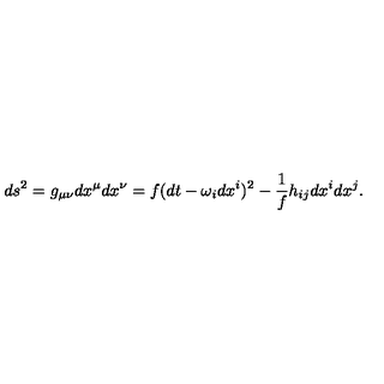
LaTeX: d s ^ { 2 } = g _ { \mu \nu } d x ^ { \mu } d x ^ { \nu } = f ( d t - \omega _ { i } d x ^ { i } ) ^ { 2 } - \frac { 1 } { f } h _ { i j } d x ^ { i } d x ^ { j } .